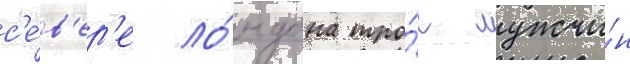
с'е́в'ер'е ло́ндона тро́е мужчи́н